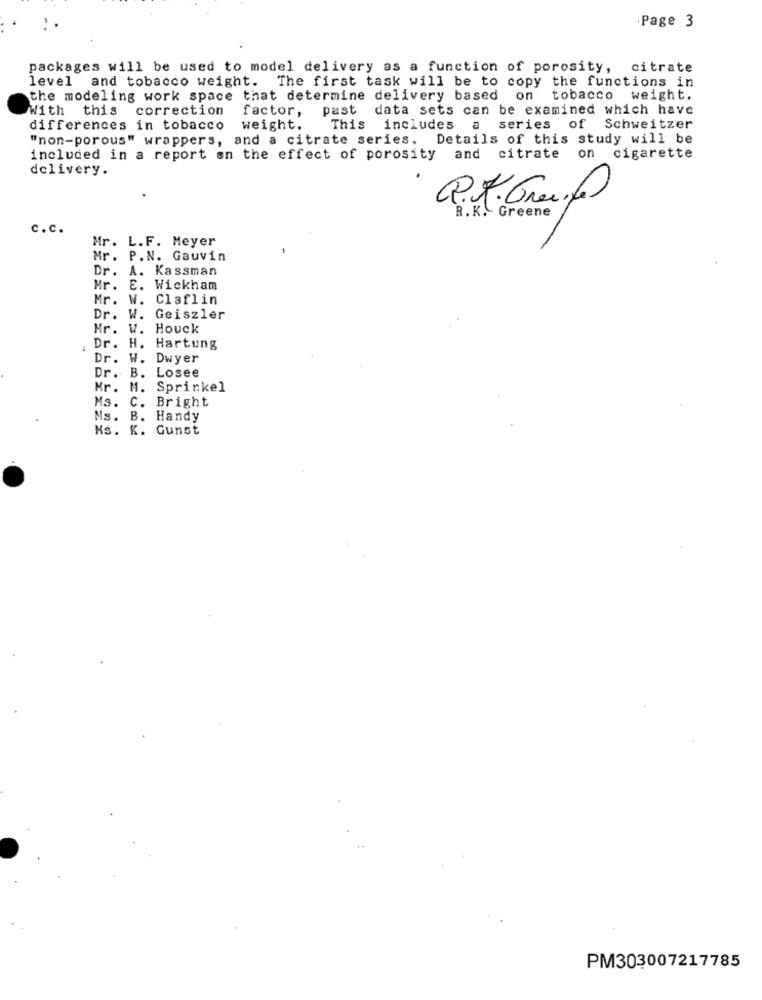
·Page 3
packages will be used to model delivery as a function of porosity, citrate
level and tobacco weight. The first task will be to copy the functions in
the modeling work space that determine delivery based on tobacco weight.
With this correction
factor,
past data sets can be examined which have
differences in tobacco
weight.
This includes a series of Schweitzer
"non-porous" wrappers, and a citrate series. Details of this study will be
included in a report on the effect of porosity and citrate on cigarette
delivery.
R.K. Greene
c.c.
Mr. L.F. Meyer
Mr. P.N. Gauvin
Dr. A. Kassman
Mr.
E. Wickham
Mr.
W. Claflin
Dr.
W. Geiszler
Mr.
W. Houck
Dr.
H. Hartung
Dr. W. Dwyer
Dr. B. Losee
Mr. M. Sprinkel
Ms .
C.
Bright
Ms. B. Handy
Hs. K. Gunst
PM303007217785